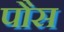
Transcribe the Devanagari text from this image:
पौस